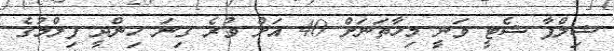
ޝިލްޕާ ޝެޓީ ވަނީ މިހާތަނަށް 40 އަށް ވުރެ ގިނަ ހިންދީ ފިލްމުގެ